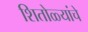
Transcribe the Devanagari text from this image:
शितोळ्यांचे